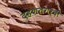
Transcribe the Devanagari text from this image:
दहशतगर्दी